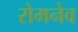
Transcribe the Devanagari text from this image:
रोमनेव